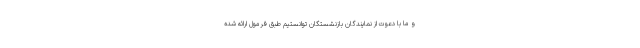
و ما با دعوت از نمایندگان بازنشستگان توانستیم طبق فرمول ارائه شده